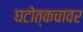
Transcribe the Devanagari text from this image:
घटोत्कचावर